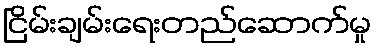
ငြိမ်းချမ်းရေးတည်ဆောက်မှု